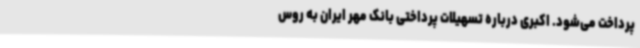
پرداخت می‌شود. اکبری درباره تسهیلات پرداختی بانک مهر ایران به روس